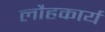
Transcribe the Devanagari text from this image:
लौहकार्य